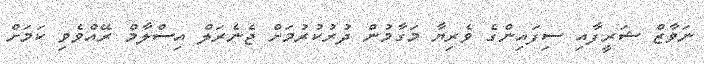
ނަވާޒް ޝަރީފާއި ސިފައިންގެ ވެރިޔާ މަގާމުން ދުރުކުރުމަށް ޖެނެރަލް އިސްލާމް ރޭއްވެވި ކަމަށް